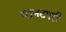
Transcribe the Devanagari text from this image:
पानटपरी